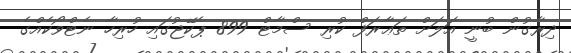
ދިރާގުން ބުނީ އަލަށް ތަޢާރަފް ކުރި ސްމާޓް 899 ޕެކޭޖުގައި ހުރިހާ ނެޓްވޯކެއްގެ